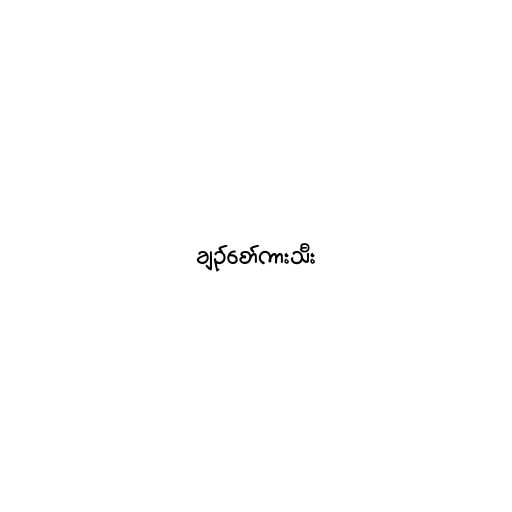
ချဥ်စော်ကားသီး